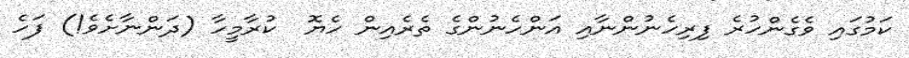
ކަމުގައި ވެގެންހުރެ ފިރިހެނުންނާއި އަންހެނުންގެ ތެރެއިން ހެޔޮ  ކުރާމީހާ (ދަންނާށެވެ!) ފަހެ